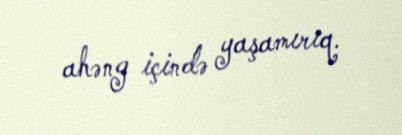
ahəng içində yaşamırıq.